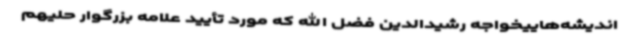
اندیشه‌هاییخواجه رشیدالدین فضل الله که مورد تأیید علامه بزرگوار حلیهم